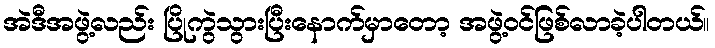
အဲဒီအဖွဲ့လည်း ပြိုကွဲသွားပြီးနောက်မှာတော့ အဖွဲ့ဝင်ဖြစ်လာခဲ့ပါတယ်။